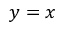
y = x